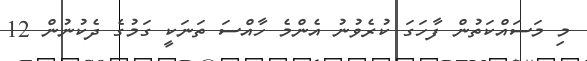
މި މަސައްކަތުން ފާހަގަ ކުރެވުނު އެންމެ ހާއްސަ ތަނަކީ ގަމުގެ ދެކުނުން 12